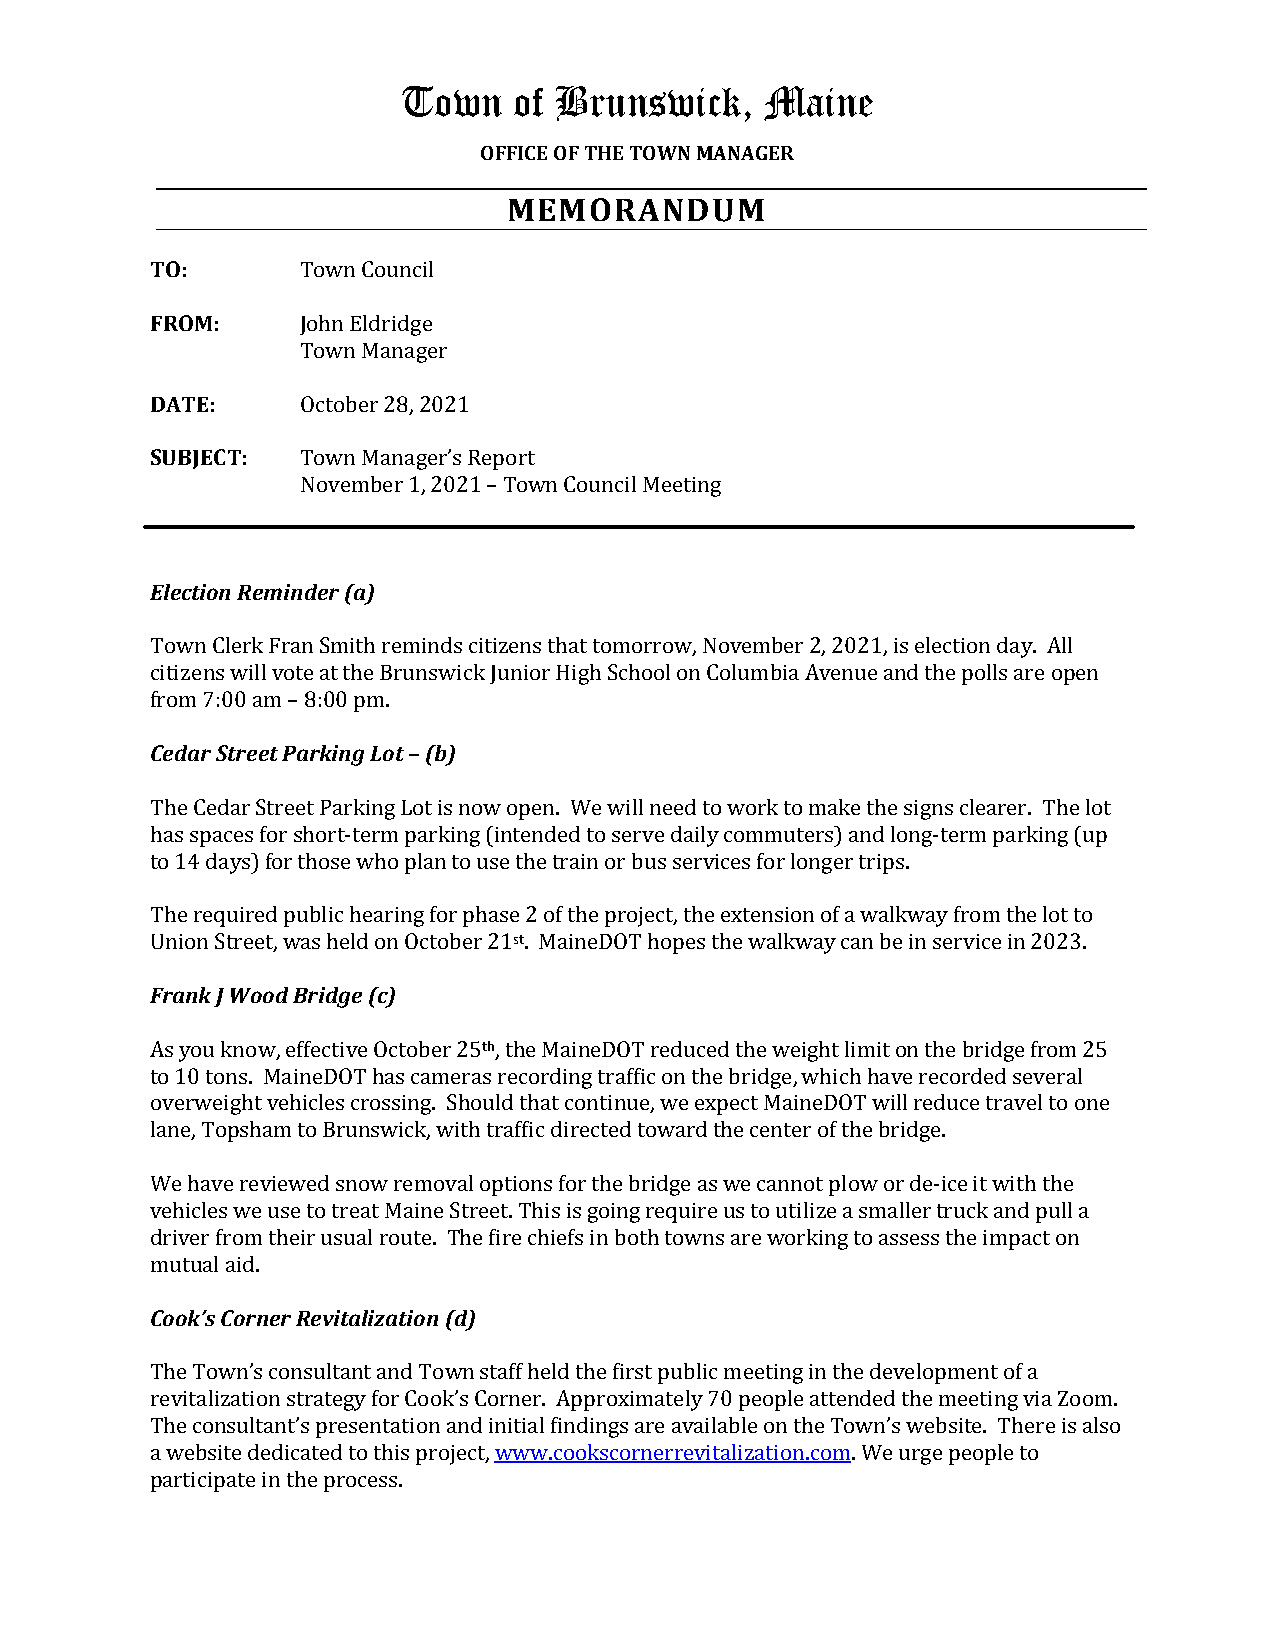
Town   of Brunswick,    Maine
 OFFICE OF THE TOWN MANAGER
 MEMORANDUM
 TO:
 FRO M:    Town Council
 John Eldridge
 DATE:     Town Manager
 SUBJEC T: October 28, 2021
 Town Manager’s Report
 November 1, 2021 – Town Council Meeting
 Election Reminder (a)
 Town Clerk Fran Smith reminds citizens that tomorrow, November 2, 2021, is election day. All
 citizens will vote at the Brunswick Junior High School on Columbia Avenue and the polls are open
 fCreodma r7 :S0t0re aemt P–a 8r:k0i0n gp mLo. t – (b)
 The Cedar Street Parking Lot is now open. We will need to work to make the signs clearer. The lot
 has spaces for short-term parking (intended to serve daily commuters) and long-term parking (up
 to 14 days) for those who plan to use the train or bus services for longer trips.
 The required public hearing for phase 2 of the project, the extension of a walkway from the lot to
 st
 FUrnaionnk SJ tWreoeot,d w Barsi dhgeled ( ocn) October 21 . MaineDOT hopes the walkway can be in service in 2023.
 th
 As you know, effective October 25 , the MaineDOT reduced the weight limit on the bridge from 25
 to 10 tons. MaineDOT has cameras recording traffic on the bridge, which have recorded several
 overweight vehicles crossing. Should that continue, we expect MaineDOT will reduce travel to one
 lane, Topsham to Brunswick, with traffic directed toward the center of the bridge.
 We have reviewed snow removal options for the bridge as we cannot plow or de-ice it with the
 vehicles we use to treat Maine Street. This is going require us to utilize a smaller truck and pull a
 driver from their usual route. The fire chiefs in both towns are working to assess the impact on
 mCouotku’asl Caoidr.n er Revitalization (d)
 The Town’s consultant and Town staff held the first public meeting in the development of a
 revitalization strategy for Cook’s Corner. Approximately 70 people attended the meeting via Zoom.
 The consultant’s presentation and initial findings are available on the Town’s website. There is also
 a website dedicated to this project, www.cookscornerrevitalization.com. We urge people to
 participate in the process.